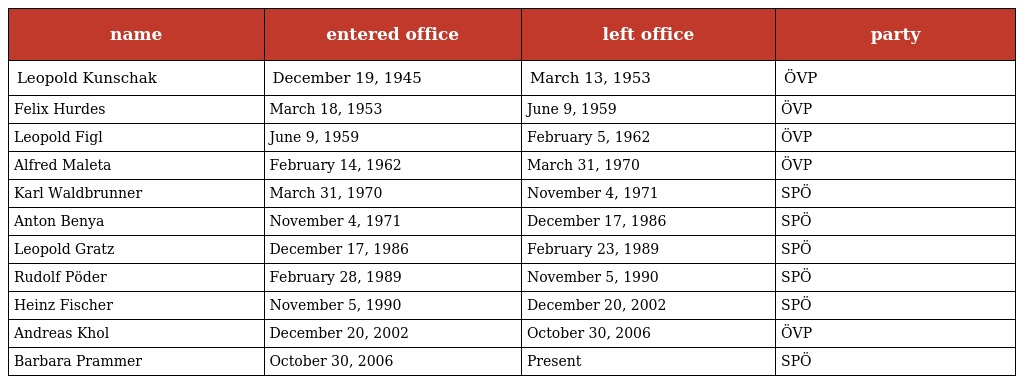
| name | entered office | left office | party |
 | --- | --- | --- | --- |
 | Leopold Kunschak | December 19, 1945 | March 13, 1953 | ÖVP |
 | Felix Hurdes | March 18, 1953 | June 9, 1959 | ÖVP |
 | Leopold Figl | June 9, 1959 | February 5, 1962 | ÖVP |
 | Alfred Maleta | February 14, 1962 | March 31, 1970 | ÖVP |
 | Karl Waldbrunner | March 31, 1970 | November 4, 1971 | SPÖ |
 | Anton Benya | November 4, 1971 | December 17, 1986 | SPÖ |
 | Leopold Gratz | December 17, 1986 | February 23, 1989 | SPÖ |
 | Rudolf Pöder | February 28, 1989 | November 5, 1990 | SPÖ |
 | Heinz Fischer | November 5, 1990 | December 20, 2002 | SPÖ |
 | Andreas Khol | December 20, 2002 | October 30, 2006 | ÖVP |
 | Barbara Prammer | October 30, 2006 | Present | SPÖ |